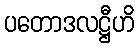
ပတောဒလဋ္ဌီဟိ